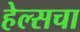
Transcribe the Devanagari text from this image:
हेल्सचा